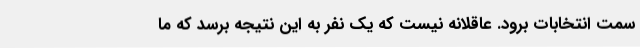
سمت انتخابات برود. عاقلانه نیست که یک نفر به این نتیجه برسد که ما